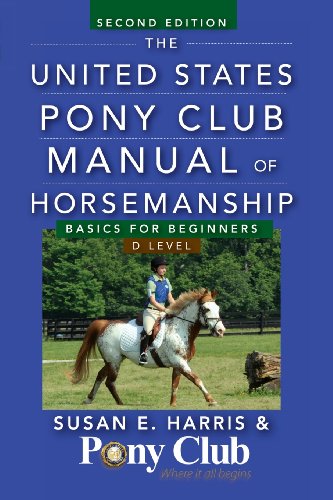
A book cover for The United States Pony Club Manual of Horsemanship: Basics for Beginners / D Level; Susan  E. Harris; Crafts, Hobbies & Home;